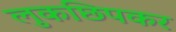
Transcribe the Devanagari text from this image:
लुकछिपकर